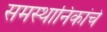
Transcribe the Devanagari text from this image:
समस्थानिकांचे